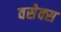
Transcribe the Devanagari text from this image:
वसेक्स